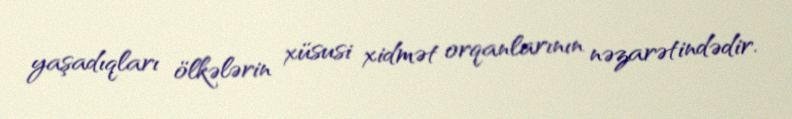
yaşadıqları ölkələrin xüsusi xidmət orqanlarının nəzarətindədir.